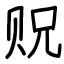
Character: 贶